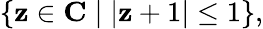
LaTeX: \{ \mathbf{z}\in\mathbf{{C}}\mid|\mathbf{z}+1|\leq1\} ,